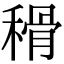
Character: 𥠳